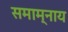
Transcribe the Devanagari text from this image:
समाम्नाय